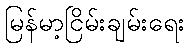
မြန်မာ့ငြိမ်းချမ်းရေး